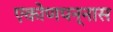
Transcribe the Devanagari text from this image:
एकोणपन्नास